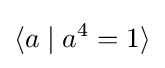
\langle a\mid a^{4}=1\rangle